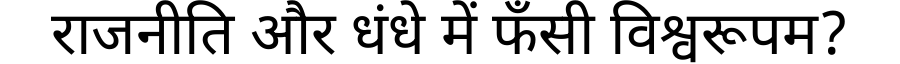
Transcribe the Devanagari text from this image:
राजनीति और धंधे में फँसी विश्वरूपम?